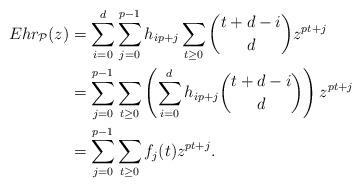
LaTeX: \begin{align*} Ehr_{\mathcal{P}}(z) &= \sum_{i=0}^{d} \sum_{j=0}^{p-1} h_{ip+j} \sum_{t \geq 0} \binom{t+d-i}{d} z^{pt + j} \\ &= \sum_{j=0}^{p-1} \sum_{t \geq 0} \left( \sum_{i=0}^{d} h_{ip+j} \binom{t+d-i}{d} \right) z^{pt + j} \\ &= \sum_{j=0}^{p-1} \sum_{t \geq 0} f_j(t) z^{pt + j}.\end{align*}